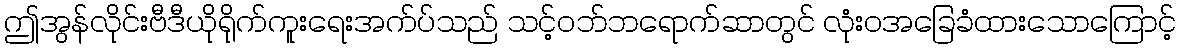
ဤအွန်လိုင်းဗီဒီယိုရိုက်ကူးရေးအက်ပ်သည် သင့်ဝဘ်ဘရောက်ဆာတွင် လုံးဝအခြေခံထားသောကြောင့်